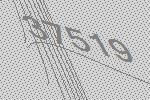
37519